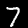
Digit: 7